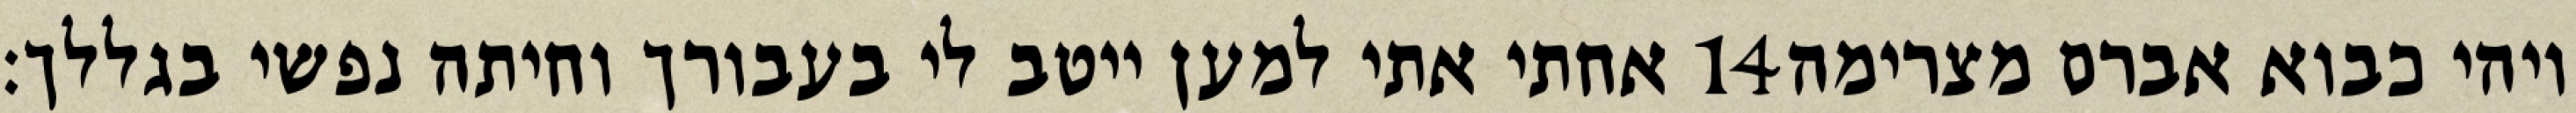
אחתי אתי למען ייטב לי בעבורך וחיתה נפשי בגללך׃ ‎14‏ ויהי כבוא אברם מצרימה